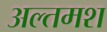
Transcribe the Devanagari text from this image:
अल्‍तमश